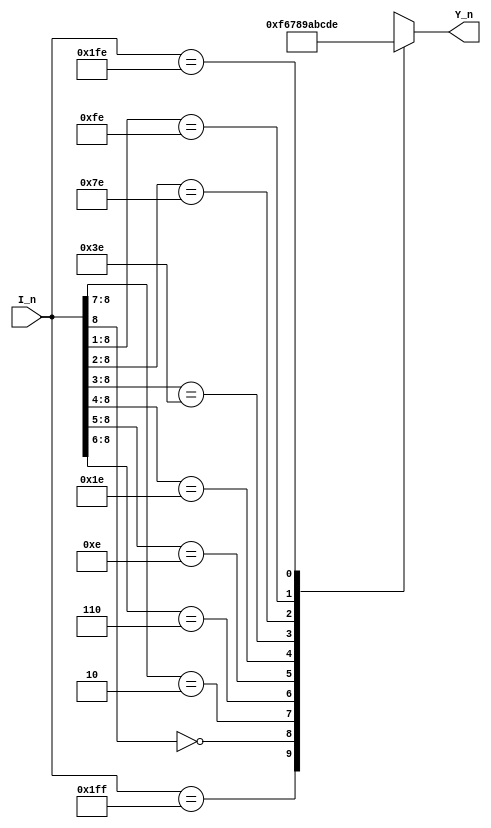
module Encoder_94(
   input      [8:0]         I_n   ,
    
   output reg [3:0]         Y_n  
);
    always@(*) begin
        casez (I_n)
            9'b1_1111_1111: Y_n = 4'b1111;
            9'b0_????_????: Y_n = 4'b0110;
            9'b1_0???_????: Y_n = 4'b0111;
            9'b1_10??_????: Y_n = 4'b1000;
            9'b1_110?_????: Y_n = 4'b1001;
            9'b1_1110_????: Y_n = 4'b1010;
            9'b1_1111_0???: Y_n = 4'b1011;
            9'b1_1111_10??: Y_n = 4'b1100;
            9'b1_1111_110?: Y_n = 4'b1101;
            9'b1_1111_1110: Y_n = 4'b1110;
            default: Y_n = 4'b0000;
        endcase
    end
endmodule